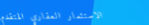
الاستثمار العقاري المتقدم